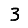
Digit: 3